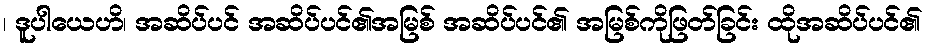
၊ ဒူပါယေဟိ၊ အဆိပ်ပင် အဆိပ်ပင်၏အမြစ် အဆိပ်ပင်၏ အမြစ်ကိုဖြတ်ခြင်း ထိုအဆိပ်ပင်၏